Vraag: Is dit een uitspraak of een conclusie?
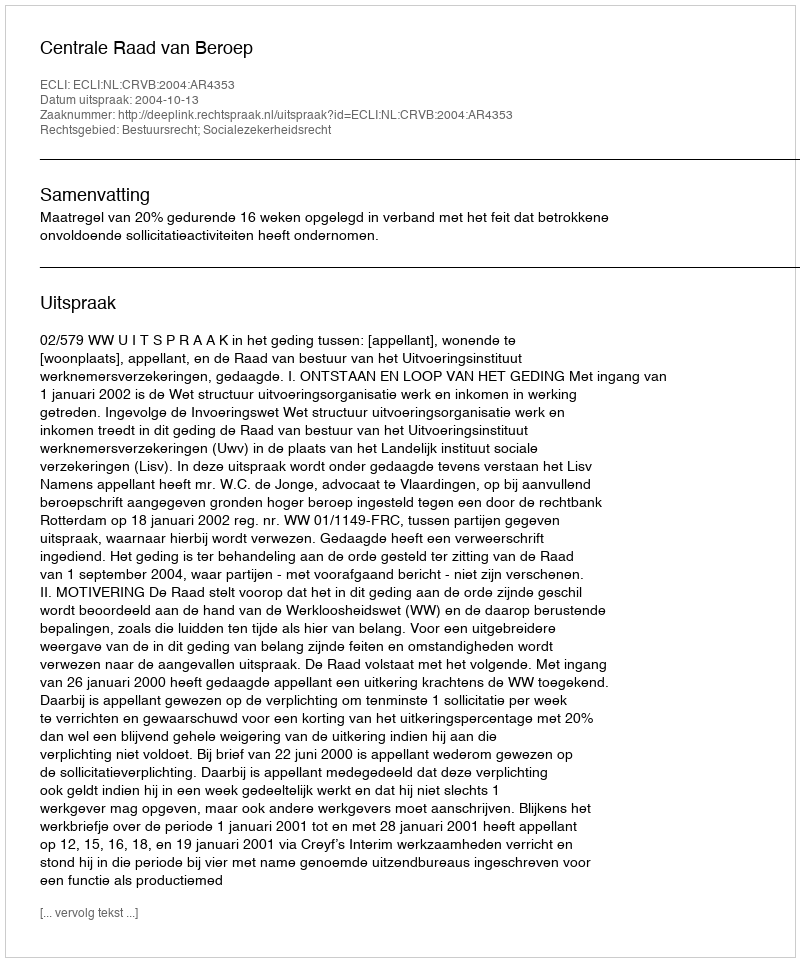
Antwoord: Uitspraak